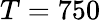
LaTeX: T=750